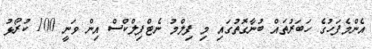
އެންމެފަހުގެ ހަބަރުތައް ބުނާގޮތުގައި މި ފިލްމު ނެޓްފިލްކްސް އިން ވަނީ 100 ކުރޯޅު